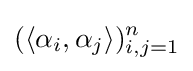
(\langle \alpha _{i},\alpha _{j}\rangle )_{i,j=1}^{n}